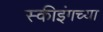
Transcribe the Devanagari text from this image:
स्कीइंगच्या